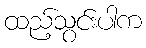
ထည့်သွင်းပါက